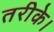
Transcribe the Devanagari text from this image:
तरीके।